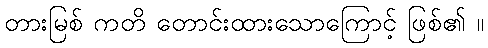
တားမြစ် ကတိ တောင်းထားသောကြောင့် ဖြစ်၏ ။